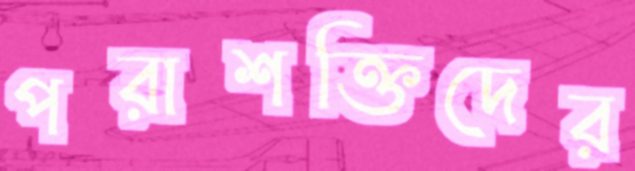
পরাশক্তিদের